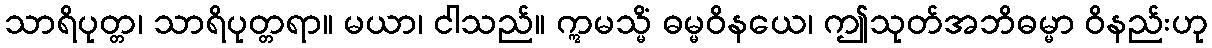
သာရိပုတ္တ၊ သာရိပုတ္တရာ။ မယာ၊ ငါသည်။ ဣမသ္မိံ ဓမ္မဝိနယေ၊ ဤသုတ်အဘိဓမ္မာ ဝိနည်းဟု